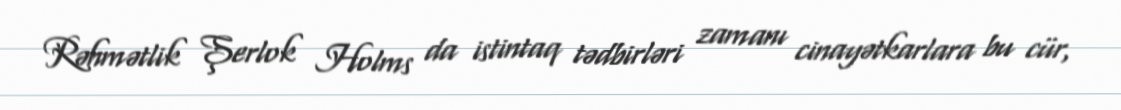
Rəhmətlik Şerlok Holms da istintaq tədbirləri zamanı cinayətkarlara bu cür,